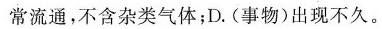
常流通，不含杂类气体；D.(事物)出现不久。